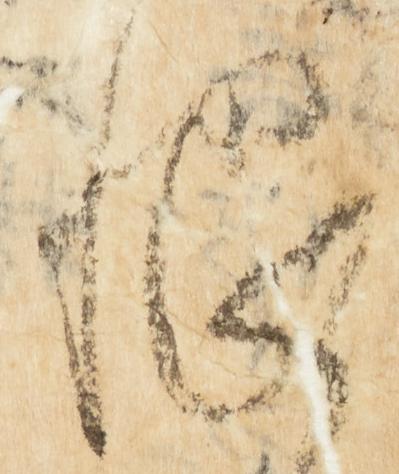
恨